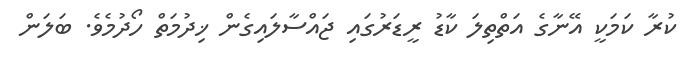
ކުރާ ކަމަކީ އޭނާގެ އަތްތިލަ ކާޑު ރީޑަރުގައި ޖައްސާލައިގެން ޚިދުމަތް ހޯދުމެވެ. ބަލަން